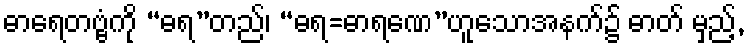
ဓာရေတဗ္ဗံကို “ဓရ”တည်၊ “ဓရ=ဓာရဏေ”ဟူသောအနက်၌ ဓာတ် မှည့်,